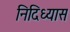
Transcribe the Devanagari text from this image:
निदिध्यास